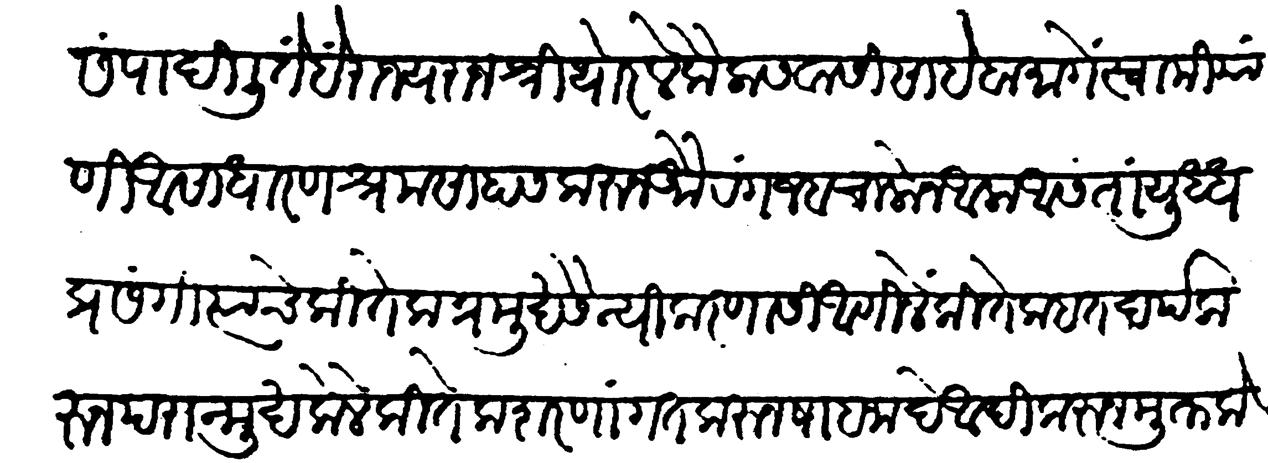
Transliteration (Devanagari): संपादिली तें हैं राज्य राजश्री थोरले कैलासवासी साहेबांमागे स्वामी याणी असाधारण श्रमसाहस करून औरंगजेब चालोन आला असता युद्धप्रसंगीं त्यांचे कितेक प्रमुख सैनिक रणासी आणिले कितेक हतदर्प करून परान्मुख केले कितेक शरणागत करुन शाहजादे आदि करुन मुक्त केले